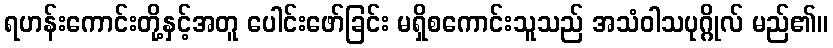
ရဟန်းကောင်းတို့နှင့်အတူ ပေါင်းဖော်ခြင်း မရှိစကောင်းသူသည် အသံဝါသပုဂ္ဂိုလ် မည်၏။